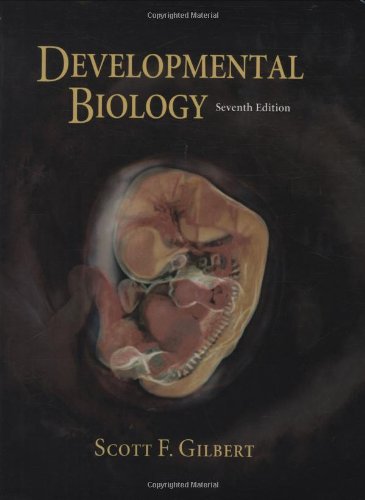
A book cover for Developmental Biology: with CDROM; Scott F. Gilbert; Medical Books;